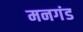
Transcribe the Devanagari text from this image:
मनगंड